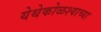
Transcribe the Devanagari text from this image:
येथेकोळश्याच्या